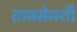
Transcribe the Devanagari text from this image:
तानसेनशी